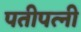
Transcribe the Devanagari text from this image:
पतीपत्‍नी